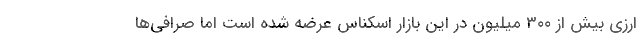
ارزی بیش از ۳۰۰ میلیون در این بازار اسکناس عرضه شده است اما صرافی‌ها